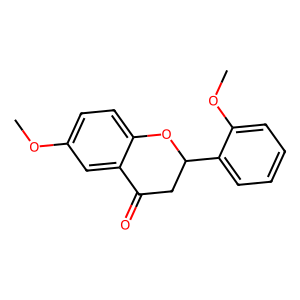
SMILES: COc1ccc2c(c1)C(=O)CC(c1ccccc1OC)O2
Inhibits HIV replication: No